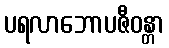
ပရလာဘောပဇီဝန္တာ